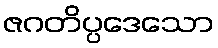
ဇဂတိပ္ပဒေသော